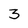
Character: 3